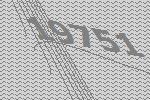
19751